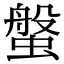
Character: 螌